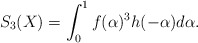
\begin{align*}S_3(X)=\int_0^1f(\alpha)^3h(-\alpha)d\alpha.\end{align*}